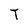
Character: T